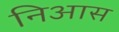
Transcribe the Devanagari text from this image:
निआस